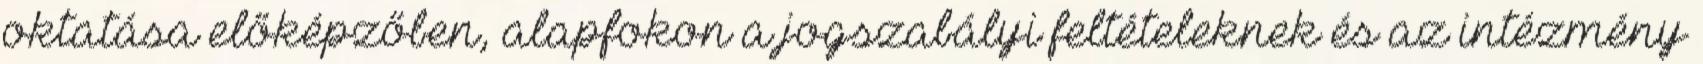
oktatása előképzőben, alapfokon a jogszabályi feltételeknek és az intézmény